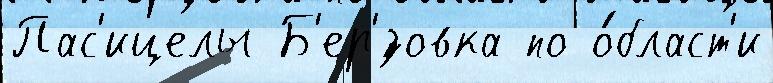
Пас'ицелы Б'ер'́зовка по о́бласт'и